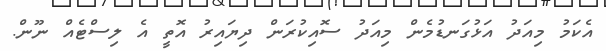
އެކަމު މިއަދު އަޅުގަނޑުމެން މިއަދު ސޮއިކުރަން ދިޔައިރު އޮތީ އެ ލިސްޓެއް ނޫން.